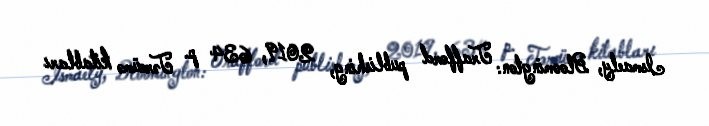
Ismaely, Bloomington: Trafford publishing, 2019, 634 p. Tərcümə kitabları